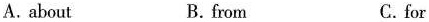
A. about B. from Cfor